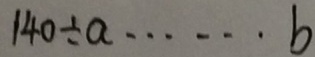
1 4 0 \div a \cdots b